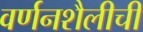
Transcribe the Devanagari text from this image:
वर्णनशैलीची